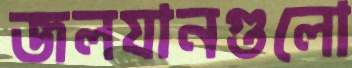
জলযানগুলো